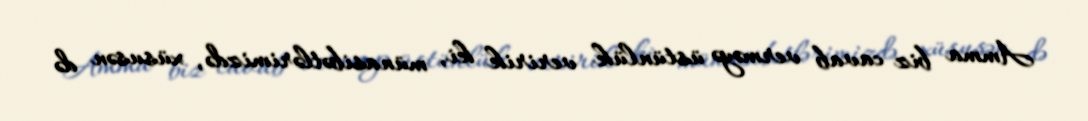
Amma biz cavab verməyə üstünlük veririk ki, münasibətlərimizdə, xüsusən də